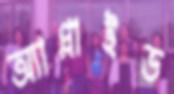
অ্যাপ্লাইড